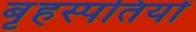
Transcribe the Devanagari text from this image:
बृहस्पतियों